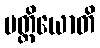
ပတ္ထိယောတိ